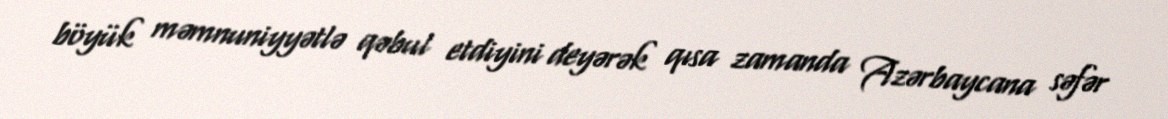
böyük məmnuniyyətlə qəbul etdiyini deyərək qısa zamanda Azərbaycana səfər